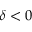
\delta < 0